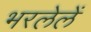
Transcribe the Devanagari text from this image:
भरलेलें